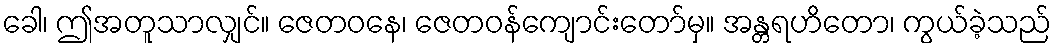
ခေါ၊ ဤအတူသာလျှင်။ ဇေတဝနေ၊ ဇေတဝန်ကျောင်းတော်မှ။ အန္တရဟိတော၊ ကွယ်ခဲ့သည်